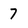
Character: 7